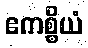
ဧကစ္စိယံ